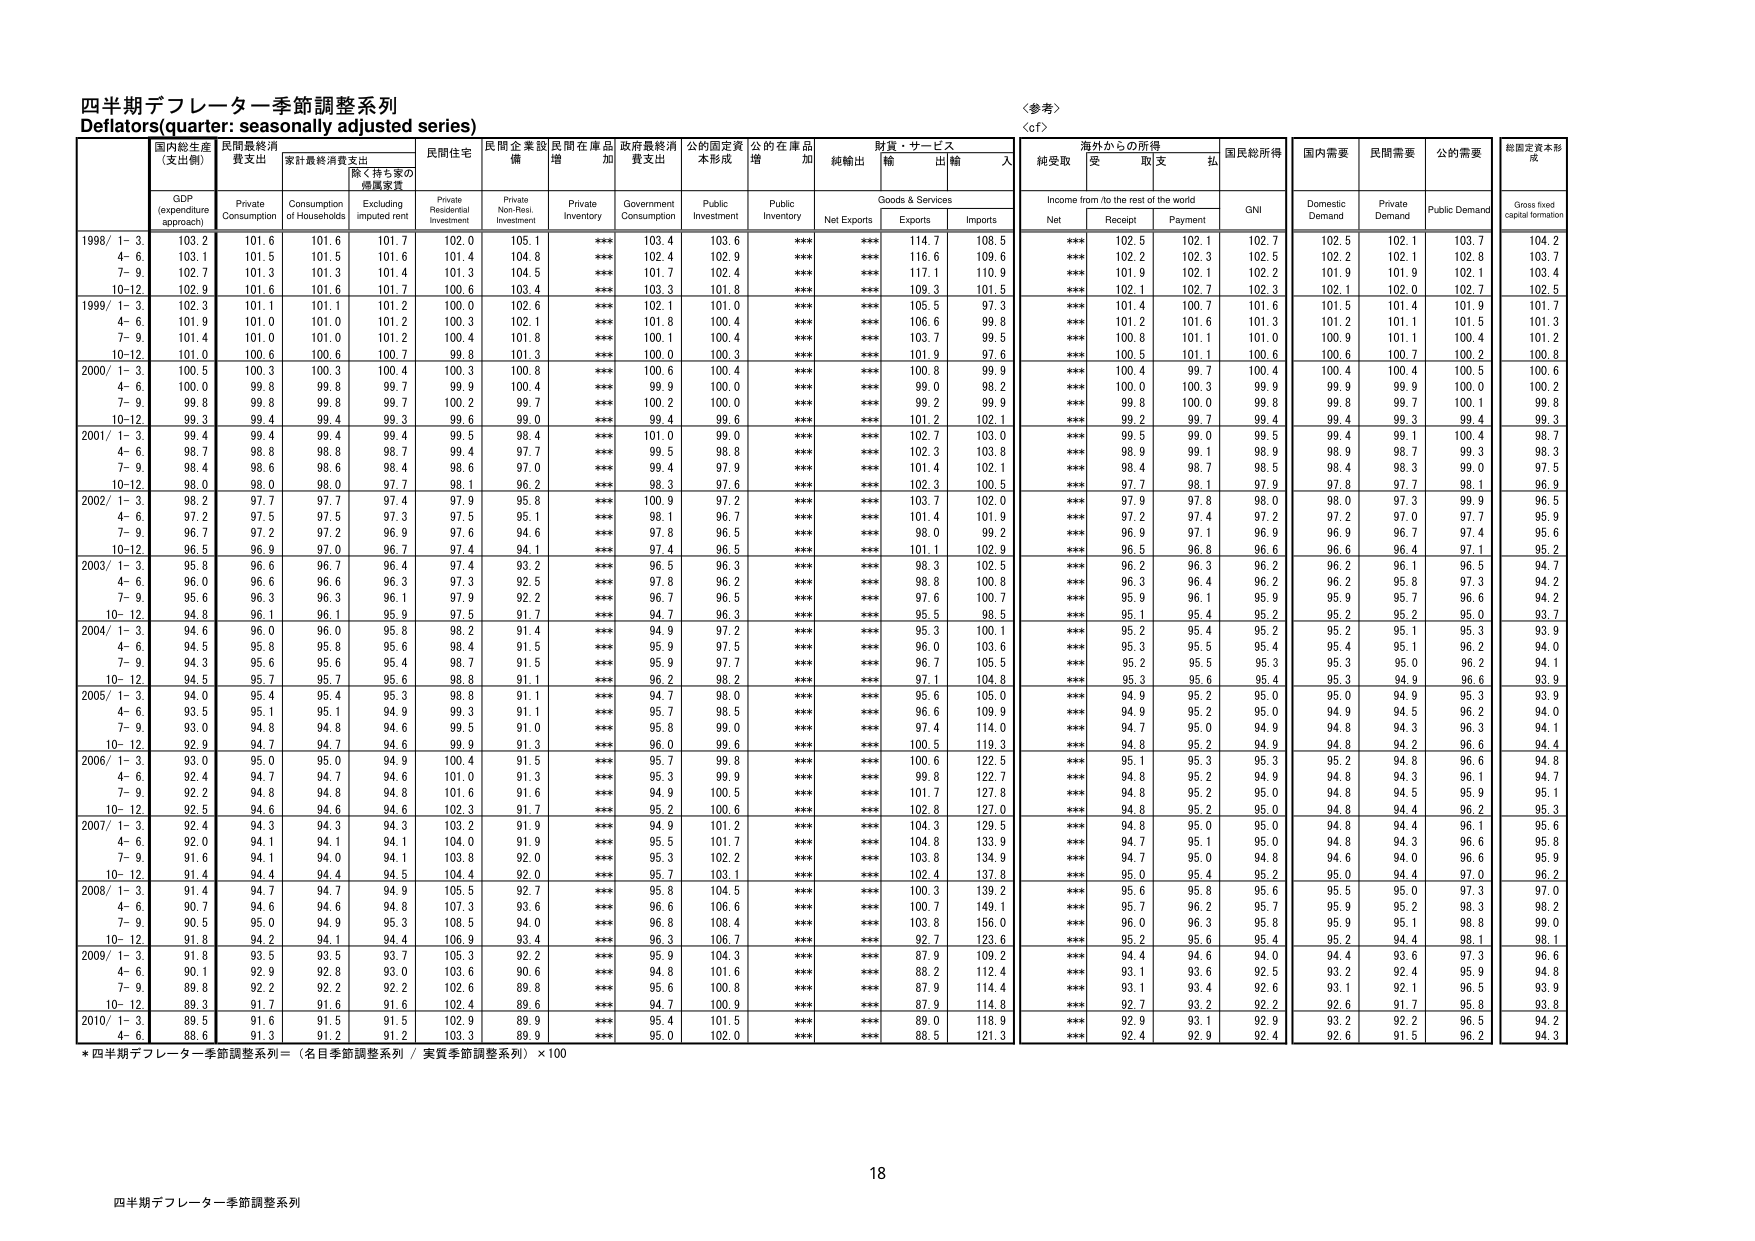
四半期デフレーター季節調整系列
Deflators (quarter: seasonally adjusted series)

〈参考〉
〈cf〉

国内総生産
(支出側)
GDP
(expenditure approach)

民間最終消費支出
Private Consumption

家計最終消費支出
Consumption of Households

(除く持ち家の
帰属家賃)
Excluding imputed rent

民間住宅
Private Residential Investment

民間企業設備
Private Non-Resi. Investment

民間在庫品増加
Private Inventory

政府最終消費支出
Government Consumption

公的固定資本形成
Public Investment

公的在庫品増加
Public Inventory

純輸出
Net Exports

財貨・サービス
輸出
Exports

財貨・サービス
輸入
Imports

海外からの所得
Income from / to the rest of the world
純受取
Net
受取
Receipt
支払
Payment

国民総所得
GNI

国内需要
Domestic Demand

民間需要
Private Demand

公的需要
Public Demand

総固定資本形成
Gross fixed capital formation

1998/ 1-3.
103.2
101.6
101.6
101.7
102.0
105.1
***
103.4
103.6
***
***
114.7
108.5
***
102.5
102.1
102.7
102.5
102.1
103.7
104.2

4-6.
103.1
101.5
101.5
101.6
101.4
104.8
***
102.4
102.9
***
***
116.6
109.6
***
102.2
102.3
102.5
102.2
102.1
102.8
103.7

7-9.
102.7
101.3
101.3
101.4
101.3
104.5
***
101.7
102.4
***
***
117.1
110.9
***
101.9
102.1
102.2
101.9
101.9
102.1
103.4

10-12.
102.9
101.6
101.6
101.7
100.6
103.4
***
103.3
101.8
***
***
109.3
101.5
***
102.1
102.7
102.3
102.1
102.0
102.7
102.5

1999/ 1-3.
102.3
101.1
101.1
101.2
100.0
102.6
***
102.1
101.0
***
***
105.5
97.3
***
101.4
100.7
101.6
101.5
101.4
101.9
101.7

4-6.
101.9
101.0
101.0
101.2
100.3
102.1
***
101.8
100.4
***
***
106.6
99.8
***
101.2
101.6
101.3
101.2
101.1
101.5
101.3

7-9.
101.4
101.0
101.0
101.2
100.4
101.8
***
100.1
100.4
***
***
103.7
99.5
***
100.8
101.1
101.0
100.9
101.1
100.4
101.2

10-12.
101.0
100.6
100.6
100.7
99.8
101.3
***
100.0
100.3
***
***
101.9
97.6
***
100.5
101.1
100.6
100.6
100.7
100.2
100.8

2000/ 1-3.
100.5
100.3
100.3
100.4
100.3
100.8
***
100.6
100.4
***
***
100.8
99.9
***
100.4
99.7
100.4
100.4
100.4
100.5
100.6

4-6.
100.0
99.8
99.8
99.7
99.9
100.4
***
99.9
100.0
***
***
99.0
98.2
***
100.0
100.3
99.9
99.9
99.9
100.0
100.2

7-9.
99.8
99.8
99.8
99.7
100.2
99.7
***
100.2
100.0
***
***
99.2
99.9
***
99.8
100.0
99.8
99.8
99.7
100.1
99.8

10-12.
99.3
99.4
99.4
99.3
99.6
99.0
***
99.4
99.6
***
***
101.2
102.1
***
99.2
99.7
99.4
99.4
99.3
99.4
99.3

2001/ 1-3.
99.4
99.4
99.4
99.4
99.5
98.4
***
101.0
99.0
***
***
102.7
103.0
***
99.5
99.0
99.5
99.4
99.1
100.4
98.7

4-6.
98.7
98.8
98.8
98.7
99.4
97.7
***
99.5
98.8
***
***
102.3
103.8
***
98.9
99.1
98.9
98.9
98.7
99.3
98.3

7-9.
98.4
98.6
98.6
98.4
98.6
97.0
***
99.4
97.9
***
***
101.4
102.1
***
98.4
98.7
98.5
98.4
98.3
99.0
97.5

10-12.
98.0
98.0
98.0
97.7
98.1
96.2
***
98.3
97.6
***
***
102.3
100.5
***
97.7
98.1
97.9
97.8
97.7
98.1
96.9

2002/ 1-3.
98.2
97.7
97.7
97.4
97.9
95.8
***
100.9
97.2
***
***
103.7
102.0
***
97.9
97.8
98.0
98.0
97.3
99.9
96.5

4-6.
97.2
97.5
97.5
97.3
97.5
95.1
***
98.1
96.7
***
***
101.4
101.9
***
97.2
97.4
97.2
97.2
97.0
97.7
95.9

7-9.
96.7
97.2
97.2
96.9
97.6
94.6
***
97.8
96.5
***
***
98.0
99.2
***
96.9
97.1
96.9
96.9
96.7
97.4
95.6

10-12.
96.5
96.9
97.0
96.7
97.4
94.1
***
97.4
96.5
***
***
101.1
102.9
***
96.5
96.8
96.6
96.6
96.4
97.1
95.2

2003/ 1-3.
95.8
96.6
96.7
96.4
97.4
93.2
***
96.5
96.3
***
***
98.3
102.5
***
96.2
96.3
96.2
96.2
96.1
96.5
94.7

4-6.
96.0
96.6
96.6
96.3
97.3
92.5
***
97.8
96.2
***
***
98.8
100.8
***
96.3
96.4
96.2
96.2
95.8
97.3
94.2

7-9.
95.6
96.3
96.3
96.1
97.9
92.2
***
96.7
96.5
***
***
97.6
100.7
***
95.9
96.1
95.9
95.9
95.7
96.6
94.2

10-12.
94.8
96.1
96.1
95.9
97.5
91.7
***
94.7
96.3
***
***
95.5
98.5
***
95.1
95.4
95.2
95.2
95.2
95.0
93.7

2004/ 1-3.
94.6
96.0
96.0
95.8
98.2
91.4
***
94.9
97.2
***
***
95.3
100.1
***
95.2
95.4
95.2
95.2
95.1
95.3
93.9

4-6.
94.5
95.8
95.8
95.6
98.4
91.5
***
95.9
97.5
***
***
96.0
103.6
***
95.3
95.5
95.4
95.4
95.1
96.2
94.0

7-9.
94.3
95.6
95.6
95.4
98.7
91.5
***
95.9
97.7
***
***
96.7
105.5
***
95.2
95.5
95.3
95.3
95.0
96.2
94.1

10-12.
94.5
95.7
95.7
95.6
98.8
91.1
***
96.2
98.2
***
***
97.1
104.8
***
95.3
95.6
95.4
95.3
94.9
96.6
93.9

2005/ 1-3.
94.0
95.4
95.4
95.3
98.8
91.1
***
94.7
98.0
***
***
95.6
105.0
***
94.9
95.2
95.0
95.0
94.9
95.3
93.9

4-6.
93.5
95.1
95.1
94.9
99.3
91.1
***
95.7
98.5
***
***
96.6
109.9
***
94.9
95.2
95.0
94.9
94.5
96.2
94.0

7-9.
93.0
94.8
94.8
94.6
99.5
91.0
***
95.8
99.0
***
***
97.4
114.0
***
94.7
95.0
94.9
94.8
94.3
96.3
94.1

10-12.
92.9
94.7
94.7
94.6
99.9
91.3
***
96.0
99.6
***
***
100.5
119.3
***
94.8
95.2
94.9
94.8
94.2
96.6
94.4

2006/ 1-3.
93.0
95.0
95.0
94.9
100.4
91.5
***
95.7
99.8
***
***
100.6
122.5
***
95.1
95.3
95.3
95.2
94.8
96.6
94.8

4-6.
92.4
94.7
94.7
94.6
101.0
91.3
***
95.3
99.9
***
***
99.8
122.7
***
94.8
95.2
94.9
94.8
94.3
96.1
94.7

7-9.
92.2
94.8
94.8
94.8
101.6
91.6
***
94.9
100.5
***
***
101.7
127.8
***
94.8
95.2
95.0
94.8
94.5
95.9
95.1

10-12.
92.5
94.6
94.6
94.6
102.3
91.7
***
95.2
100.6
***
***
102.8
127.0
***
94.8
95.2
95.0
94.8
94.4
96.2
95.3

2007/ 1-3.
92.4
94.3
94.3
94.3
103.2
91.9
***
94.9
101.2
***
***
104.3
129.5
***
94.8
95.0
95.0
94.8
94.4
96.1
95.6

4-6.
92.0
94.1
94.1
94.1
104.0
91.9
***
95.5
101.7
***
***
104.8
133.9
***
94.7
95.1
95.0
94.8
94.3
96.6
95.8

7-9.
91.6
94.1
94.0
94.1
103.8
92.0
***
95.3
102.2
***
***
103.8
134.9
***
94.7
95.0
94.8
94.6
94.0
96.6
95.9

10-12.
91.4
94.4
94.4
94.5
104.4
92.0
***
95.7
103.1
***
***
102.4
137.8
***
95.0
95.4
95.2
95.0
94.4
97.0
96.2

2008/ 1-3.
91.4
94.7
94.7
94.9
105.5
92.7
***
95.6
104.5
***
***
100.3
139.2
***
95.6
95.8
95.6
95.5
95.0
97.3
97.0

4-6.
90.7
94.6
94.6
94.8
107.3
93.6
***
96.6
106.6
***
***
100.7
149.1
***
95.7
96.2
95.7
95.9
95.2
98.3
98.2

7-9.
90.5
95.0
94.9
95.3
108.5
94.0
***
96.8
108.4
***
***
103.8
156.0
***
96.0
96.3
95.8
95.9
95.1
98.8
99.0

10-12.
91.8
94.2
94.1
94.4
106.9
93.4
***
96.3
106.7
***
***
92.7
123.6
***
95.2
95.6
95.4
95.2
94.4
98.1
98.1

2009/ 1-3.
91.8
93.5
93.5
93.7
105.3
92.2
***
95.9
104.3
***
***
87.9
109.2
***
94.4
94.6
94.0
94.4
93.6
97.3
96.6

4-6.
90.1
92.9
92.8
93.0
103.6
90.6
***
94.8
101.6
***
***
88.2
112.4
***
93.1
93.6
92.5
93.2
92.4
95.9
94.8

7-9.
89.8
92.2
92.2
92.2
102.6
89.8
***
95.6
100.8
***
***
87.9
114.4
***
93.1
93.4
92.6
93.1
92.1
96.5
93.9

10-12.
89.3
91.7
91.6
91.6
102.4
89.6
***
94.7
100.9
***
***
87.9
114.8
***
92.7
93.2
92.2
92.6
91.7
95.8
93.8

2010/ 1-3.
89.5
91.6
91.5
91.5
102.9
89.9
***
95.4
101.5
***
***
89.0
116.9
***
92.9
93.1
92.9
93.2
92.2
96.5
94.2

4-6.
88.6
91.3
91.2
91.2
103.3
89.9
***
95.0
102.0
***
***
88.5
121.3
***
92.4
92.9
92.4
92.6
91.5
96.2
94.3

* 四半期デフレーター季節調整系列 = （名目季節調整系列 / 実質季節調整系列）× 100

18
四半期デフレーター季節調整系列